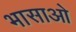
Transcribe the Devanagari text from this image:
भासाओ